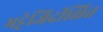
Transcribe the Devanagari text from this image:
भट्टेजिदीक्षित